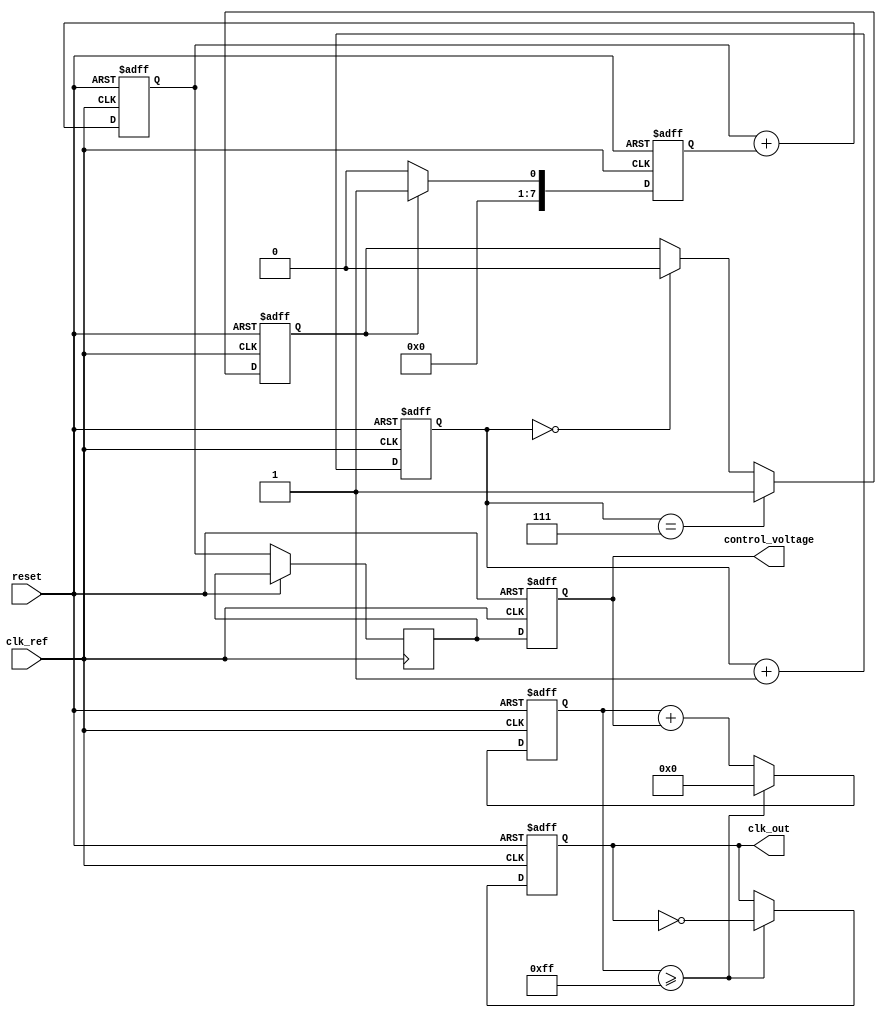
module memory_blocks_linear_pll (
    input wire clk_ref,           // Reference clock input
    input wire reset,             // Active high reset
    output reg clk_out,           // PLL output clock
    output reg [7:0] control_voltage // Control voltage output for VCO
);

    // Phase Detector (PD)
    reg phase_error; // Phase error output
    reg [2:0] phase_counter; // Simple counter to simulate phase comparison

    // Loop Filter (first-order for simplicity)
    reg [7:0] loop_filter_output; // Output of the loop filter
    reg [7:0] previous_error; // Memory block to hold previous error

    // Voltage-Controlled Oscillator (VCO)
    reg [7:0] vco_frequency; // Controlled frequency output
    reg [7:0] vco_counter; // VCO counter

    // Feedback path
    wire feedback_signal = clk_out; // Simple feedback (can be modified)

    // Memory Block for state storage
    reg [7:0] memory_block; // Store previous control voltage

    // Phase Detector logic
    always @(posedge clk_ref or posedge reset) begin
        if (reset) begin
            phase_counter <= 3'b000;
            phase_error <= 1'b0;
        end else begin
            // Simulate phase error detection
            phase_counter <= phase_counter + 1;
            if (phase_counter == 3'b111) begin
                phase_error <= 1'b1; // Simulate a leading phase
            end else if (phase_counter == 3'b000) begin
                phase_error <= 1'b0; // Simulate a lagging phase
            end
        end
    end

    // Loop Filter logic
    always @(posedge clk_ref or posedge reset) begin
        if (reset) begin
            loop_filter_output <= 8'b0;
            previous_error <= 8'b0;
        end else begin
            // Simple first-order filter
            previous_error <= phase_error ? 8'b1 : 8'b0; // Update error
            loop_filter_output <= loop_filter_output + previous_error; // Integrate
            // Store control voltage in memory block
            memory_block <= loop_filter_output;
        end
    end

    // Voltage-Controlled Oscillator (VCO) logic
    always @(posedge clk_ref or posedge reset) begin
        if (reset) begin
            vco_counter <= 8'b0;
            clk_out <= 1'b0;
            control_voltage <= 8'b0;
        end else begin
            // Control frequency based on loop filter output
            control_voltage <= memory_block; // Update control voltage
            vco_counter <= vco_counter + control_voltage; // Simple frequency control
            if (vco_counter >= 8'd255) begin // Example threshold for toggling output
                clk_out <= ~clk_out; // Toggle output clock
                vco_counter <= 8'b0; // Reset counter
            end
        end
    end

endmodule